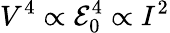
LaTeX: V^{4}\propto{\cal E}_{0}^{4}\propto I^{2}